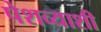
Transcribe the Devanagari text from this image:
पेशव्याशी